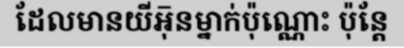
ដែលមានយីអុ៑នម្នាក់ប៉ុណ្ណោះ ប៉ុន្តែ